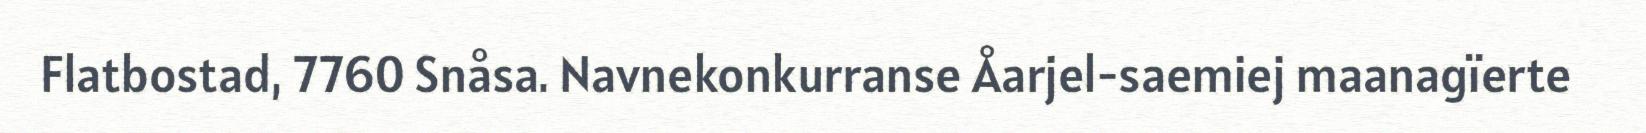
Flatbostad, 7760 Snåsa. Navnekonkurranse Åarjel-saemiej maanagïerte